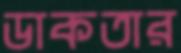
ডাকতার